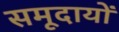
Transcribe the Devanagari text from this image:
समूदायों